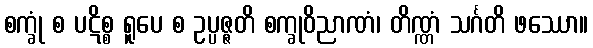
စက္ခုံ စ ပဋိစ္စ ရူပေ စ ဥပ္ပဇ္ဇတိ စက္ခုဝိညာဏံ၊ တိဏ္ဏံ သင်္ဂတိ ဖဿော။